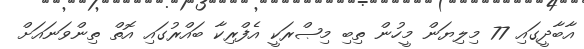
އާބާދީީގައި 77 މިލިޔަން މީހުން ތިބި މިޞްރަކީ އެފްރިކާ ބައްރުގައި އޮތް ތިންވަނައަށް